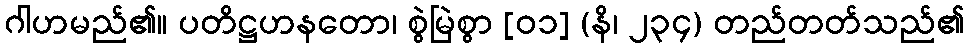
ဂါဟမည်၏။ ပတိဋ္ဌဟနတော၊ စွဲမြဲစွာ [၀၁] (နိ၊ ၂၃၄) တည်တတ်သည်၏